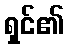
ရှင်၏